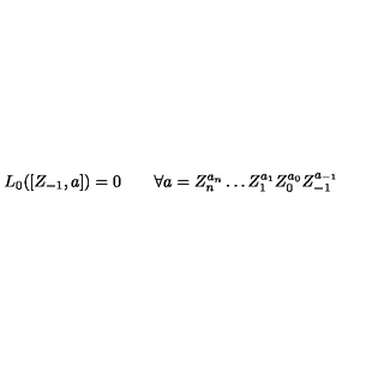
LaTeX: L _ { 0 } ( [ Z _ { - 1 } , a ] ) = 0 \qquad \forall a = Z _ { n } ^ { a _ { n } } \ldots Z _ { 1 } ^ { a _ { 1 } } Z _ { 0 } ^ { a _ { 0 } } Z _ { - 1 } ^ { a _ { - 1 } }